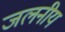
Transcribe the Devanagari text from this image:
जलनीय